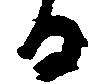
る